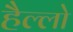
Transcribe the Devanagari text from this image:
हैल्लो